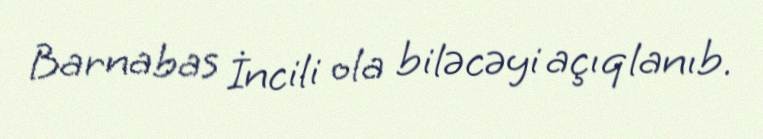
Barnabas İncili ola biləcəyi açıqlanıb.